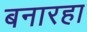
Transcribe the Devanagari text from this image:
बनारहा